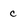
Character: c